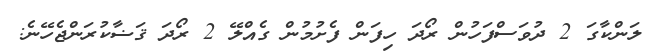
ލަންކާގަ 2 ދުވަސްފަހުން ރޯދަ ހިފަން ފެށުމުން ގެއްލޭ 2 ރޯދަ ޤަޟާކުރަންޖެހޭނެ: